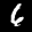
Label: 6